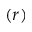
( r )